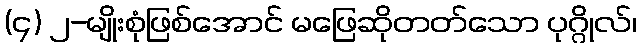
(၄) ၂-မျိုးစုံဖြစ်အောင် မဖြေဆိုတတ်သော ပုဂ္ဂိုလ်၊